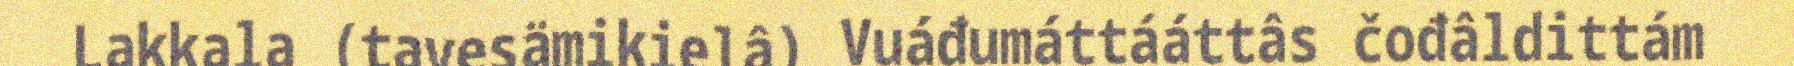
Lakkala (tavesämikielâ) Vuáđumáttááttâs čođâldittám